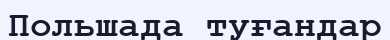
Польшада туғандар